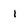
Character: I